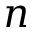
n